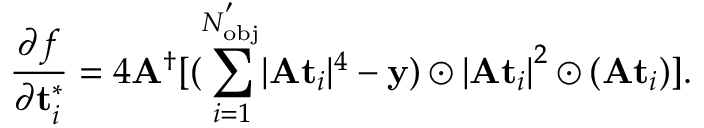
\frac { \partial f } { \partial \mathbf { t } _ { i } ^ { * } } = 4 \mathbf { A } ^ { \dag } [ ( \sum _ { i = 1 } ^ { N _ { \mathrm { { o b j } } } ^ { ' } } \lvert \mathbf { A } \mathbf { t } _ { i } \rvert ^ { 4 } - \mathbf { y } ) \odot { \lvert \mathbf { A } \mathbf { t } _ { i } \rvert } ^ { 2 } \odot ( \mathbf { A } \mathbf { t } _ { i } ) ] .